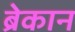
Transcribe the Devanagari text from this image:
ब्रेकान